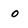
Character: o